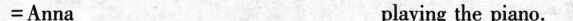
=Anna____playing the piano.